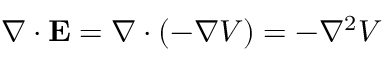
\nabla \cdot \mathbf { E } = \nabla \cdot ( - \nabla V ) = - \nabla ^ { 2 } V